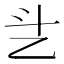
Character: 乧